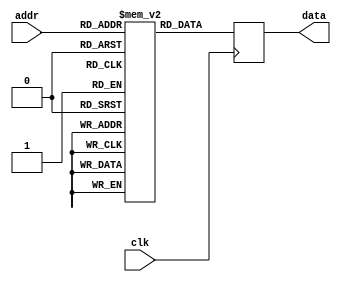
module rom16x4 (input clk,
                input wire [3:0] addr,
                output reg [3:0] data);

  //-- Memoria
  reg [3:0] rom [0:31];

  always @(negedge clk) begin
    data <= rom[addr];
  end


//-- ROM2: Secuencia
initial begin
    rom[0] = 4'h1; 
    rom[1] = 4'h2;
    rom[2] = 4'h4;
    rom[3] = 4'h8;
    rom[4] = 4'h1; 
    rom[5] = 4'h8;
    rom[6] = 4'h4;
    rom[7] = 4'h2;
    rom[8] = 4'h1; 
    rom[9] = 4'hF;
    rom[10] = 4'h0;
    rom[11] = 4'hF;
    rom[12] = 4'hC; 
    rom[13] = 4'h3;
    rom[14] = 4'hC;
    rom[15] = 4'h3;
   end

endmodule